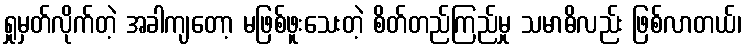
ရှုမှတ်လိုက်တဲ့ အခါကျတော့ မဖြစ်ဖူးသေးတဲ့ စိတ်တည်ကြည်မှု သမာဓိလည်း ဖြစ်လာတယ်၊